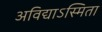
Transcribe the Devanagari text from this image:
अविद्याऽस्मिता